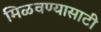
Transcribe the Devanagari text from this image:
मिळवण्यासाटी